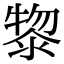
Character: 𭱮